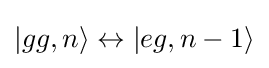
|gg,n\rangle \leftrightarrow |eg,n-1\rangle